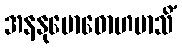
အနနုဗောဓောဟမာသိံ